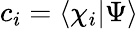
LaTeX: c_{i}=\langle{\chi_{i}}|{\Psi}\rangle